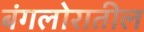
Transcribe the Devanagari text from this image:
बंगलोरातील